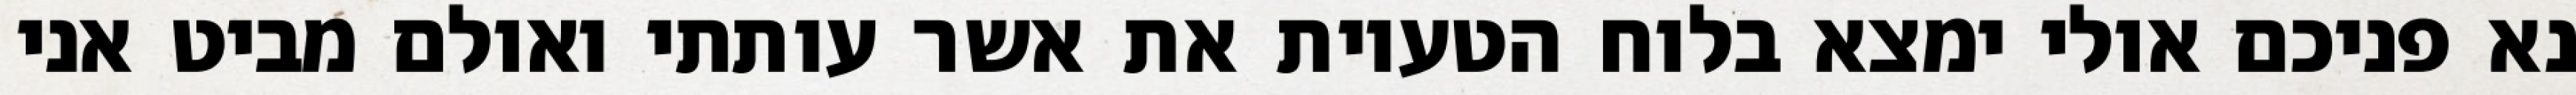
נא פניכם אולי ימצא בלוח הטעיות את אשר עותתי ואולם מביט אני